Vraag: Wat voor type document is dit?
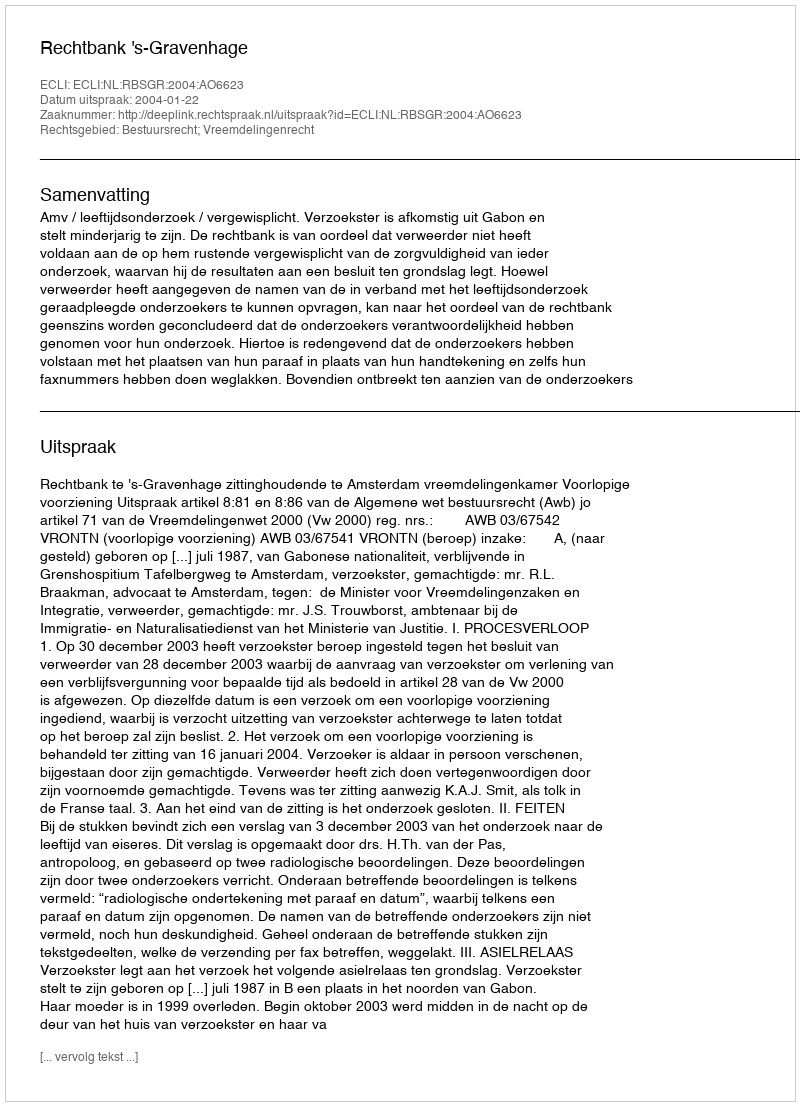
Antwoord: Uitspraak